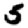
Digit: 5